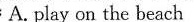
A. play on the beach